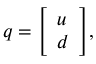
q = { \left[ \begin{array} { l } { u } \\ { d } \end{array} \right] } ,